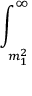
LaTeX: \int _ { _ { _ { _ { m _ { 1 } ^ { 2 } } } } } ^ { \infty } \protect